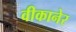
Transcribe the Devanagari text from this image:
वीकानेर